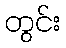
တွင်း